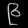
Digit: ၉